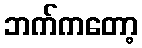
ဘက်ကတော့